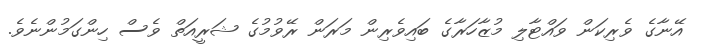
އޭނާގެ ވެރިކަން ވައްޓާލި މުޒާހަރާގެ ބައިވެރިން މަރަން ރޭވުމުގެ ޝަރީއަތް ވެސް ހިންގަމުންނެވެ.